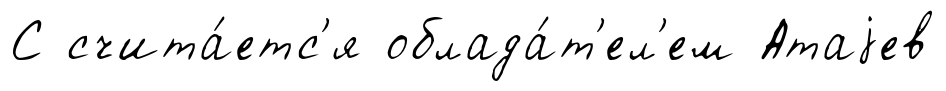
С счита́етс'я облада́т'ел'ем Атаjев